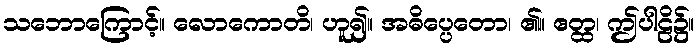
သဘောကြောင့်။ လောကောတိ၊ ဟူ၍။ အဓိပ္ပေတော၊ ၏။ ဧတ္ထ၊ ဤပါဠိ၌။